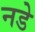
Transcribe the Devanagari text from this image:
नडे